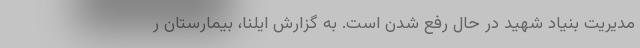
مدیریت بنیاد شهید در حال رفع شدن است. به گزارش ایلنا، بیمارستان ر